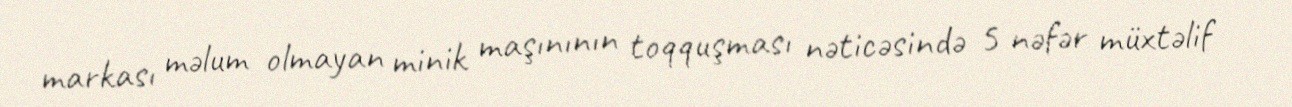
markası məlum olmayan minik maşınının toqquşması nəticəsində 5 nəfər müxtəlif